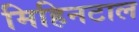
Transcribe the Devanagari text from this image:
मिहिनटाल